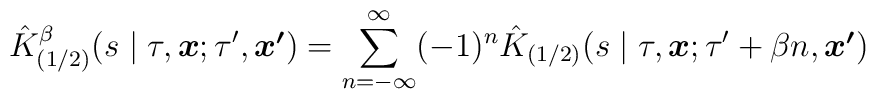
\hat{K}^\beta_{(1/2)}    (s\mid\tau,\mbox{\boldmath $x$};\tau',\mbox{\boldmath $x'$}) =	\sum_{n=-\infty}^\infty (-1)^n	\hat{K}_{(1/2)} (s\mid\tau,\mbox{\boldmath $x$};	\tau'+\beta n,\mbox{\boldmath $x'$})